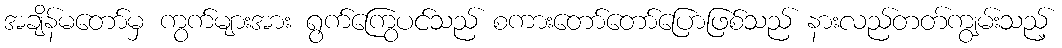
အချိန်မတော်မှ ကွက်များအား ရွက်ကြွေပင်သည် စကားတော်တော်ပြောဖြစ်သည် နားလည်တတ်ကျွမ်းသည့်